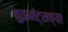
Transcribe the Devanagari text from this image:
कुझनेट्सच्या